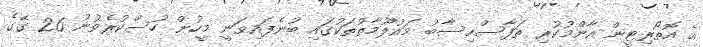
އެ އޮތޯރިޓީން އާންމުކުރި ތަފާސްހިސާބު މައުލޫމާތުތަކުގައި ބުނެފައިވަނީ މީހުން ހުސްކުރެވުނު 26 ގޭގެ